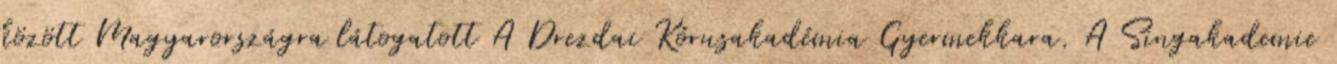
között Magyarországra látogatott A Drezdai Kórusakadémia Gyermekkara. A Singakademie